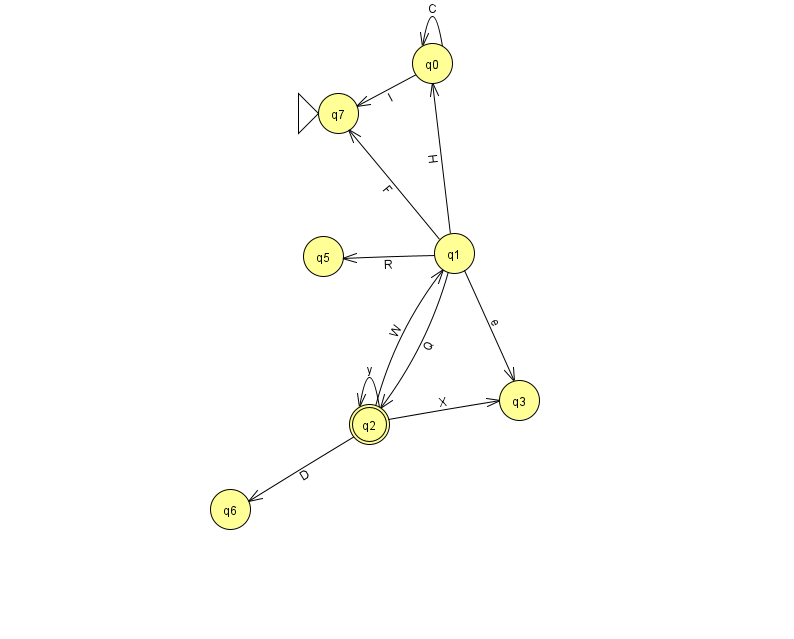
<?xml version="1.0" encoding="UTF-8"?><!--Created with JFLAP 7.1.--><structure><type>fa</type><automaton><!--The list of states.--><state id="0" name="q0"><x>432.0</x><y>50.0</y></state><state id="1" name="q1"><x>454.0</x><y>240.0</y></state><state id="2" name="q2"><x>369.0</x><y>411.0</y><final/></state><state id="3" name="q3"><x>519.0</x><y>387.0</y></state><state id="5" name="q5"><x>323.0</x><y>243.0</y></state><state id="6" name="q6"><x>230.0</x><y>496.0</y></state><state id="7" name="q7"><x>338.0</x><y>100.0</y><initial/></state><!--The list of transitions.--><transition><from>2</from><to>1</to><read>W</read></transition><transition><from>0</from><to>0</to><read>C</read></transition><transition><from>1</from><to>3</to><read>e</read></transition><transition><from>1</from><to>0</to><read>H</read></transition><transition><from>1</from><to>2</to><read>Q</read></transition><transition><from>2</from><to>2</to><read>y</read></transition><transition><from>1</from><to>7</to><read>F</read></transition><transition><from>0</from><to>7</to><read>I</read></transition><transition><from>2</from><to>6</to><read>D</read></transition><transition><from>2</from><to>3</to><read>X</read></transition><transition><from>1</from><to>5</to><read>R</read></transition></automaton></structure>